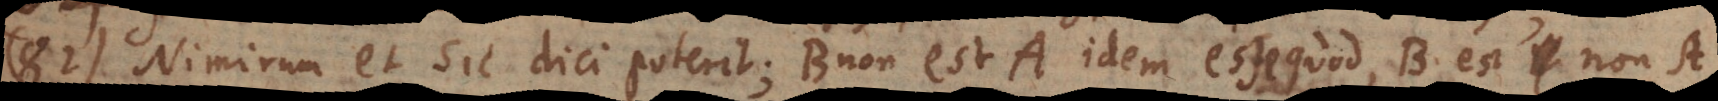
82) Nimirum et sic dici poterit; B non est A idem esse quod, B est non‐A,